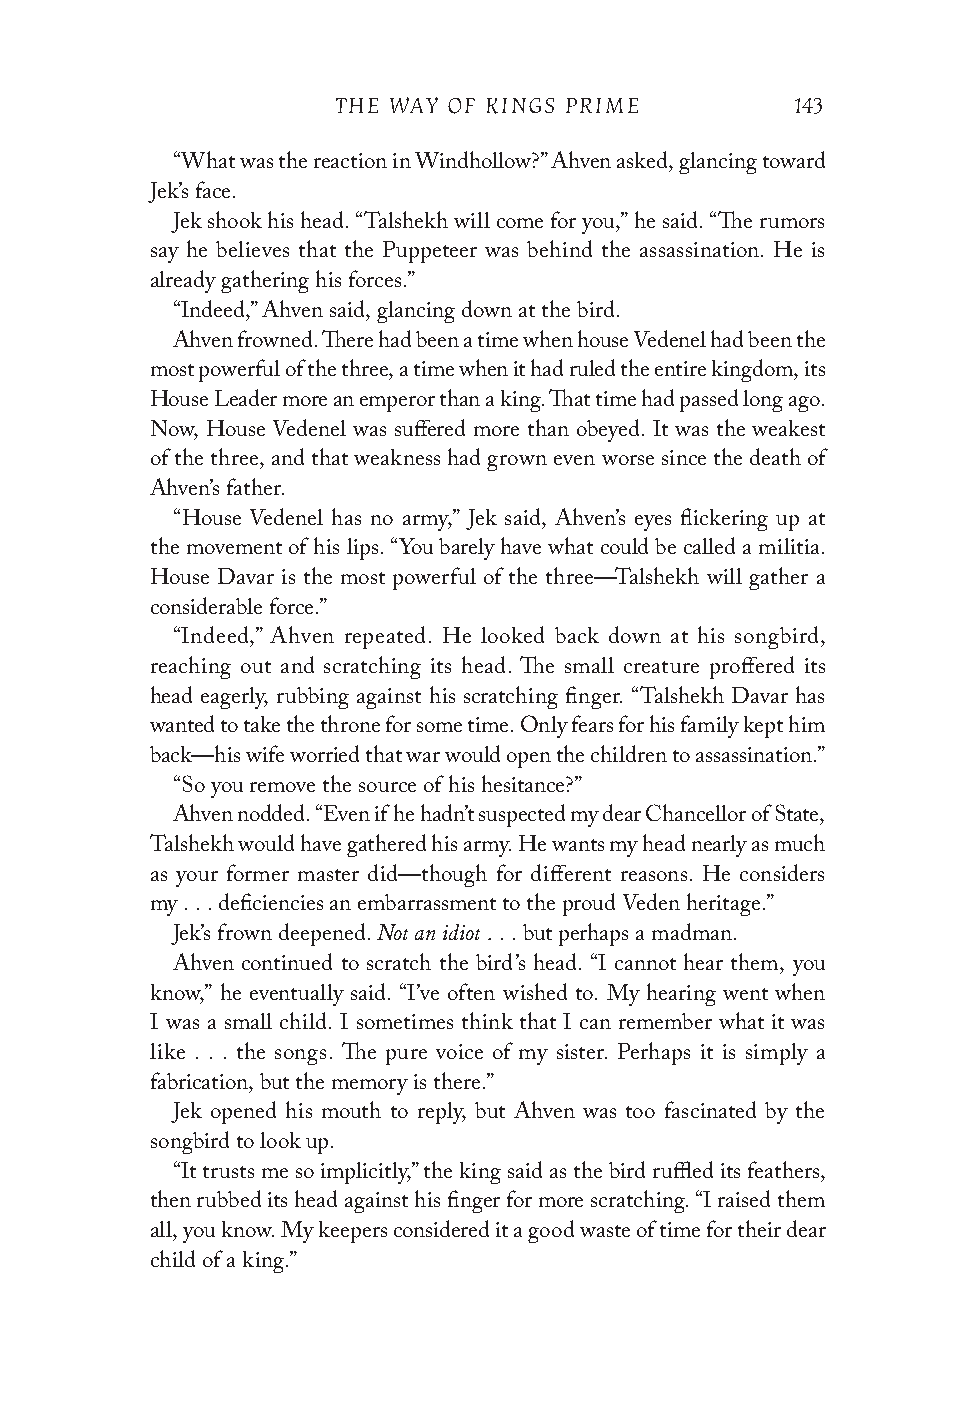
THE WAY OF KINGS PRIME         143
 “What was the reaction in Windhollow?” Ahven asked, glancing toward
 Jek’s face.
 Jek shook his head. “Talshekh will come for you,” he said. “The rumors
 say he believes that the Puppeteer was behind the assassination. He is
 already gathering his forces.”
 “Indeed,” Ahven said, glancing down at the bird.
 Ahven frowned. There had been a time when house Vedenel had been the
 most powerful of the three, a time when it had ruled the entire kingdom, its
 House Leader more an emperor than a king. That time had passed long ago.
 Now, House Vedenel was suffered more than obeyed. It was the weakest
 of the three, and that weakness had grown even worse since the death of
 Ahven’s father.
 “House Vedenel has no army,” Jek said, Ahven’s eyes flickering up at
 the movement of his lips. “You barely have what could be called a militia.
 House Davar is the most powerful of the three—Talshekh will gather a
 considerable force.”
 “Indeed,” Ahven repeated. He looked back down at his songbird,
 reaching out and scratching its head. The small creature proffered its
 head eagerly, rubbing against his scratching finger. “Talshekh Davar has
 wanted to take the throne for some time. Only fears for his family kept him
 back—his wife worried that war would open the children to assassination.”
 “So you remove the source of his hesitance?”
 Ahven nodded. “Even if he hadn’t suspected my dear Chancellor of State,
 Talshekh would have gathered his army. He wants my head nearly as much
 as your former master did—though for different reasons. He considers
 my . . . deficiencies an embarrassment to the proud Veden heritage.”
 Not an idiot .
 Jek’s frown deepened. . . but perhaps a madman.
 Ahven continued to scratch the bird’s head. “I cannot hear them, you
 know,” he eventually said. “I’ve often wished to. My hearing went when
 I was a small child. I sometimes think that I can remember what it was
 like . . . the songs. The pure voice of my sister. Perhaps it is simply a
 fabrication, but the memory is there.”
 Jek opened his mouth to reply, but Ahven was too fascinated by the
 songbird to look up.
 “It trusts me so implicitly,” the king said as the bird ruffled its feathers,
 then rubbed its head against his finger for more scratching. “I raised them
 all, you know. My keepers considered it a good waste of time for their dear
 child of a king.”